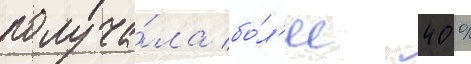
получа́ла бо́л'ее 40 %